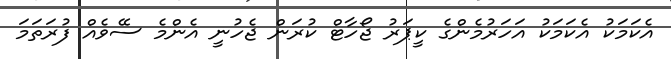
އެކަމަކު އެކަމަކު އަހަރުމެންގެ ކީޕަރު ޖޯހާޓް ކުރަން ޖެހުނީ އެންމެ ސޭވެއް ފުރަތަމަ